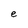
Character: e